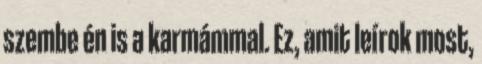
szembe én is a karmámmal. Ez, amit leírok most,